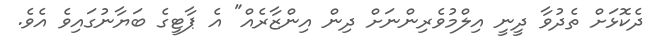
ދެކޮޅަށް ތެދުވާ ދީނީ އިލްމުވެރިންނަށް ދިން އިންޒާރެއް" އެ ޕާޓީގެ ބަޔާނުގައިވެ އެވެ.